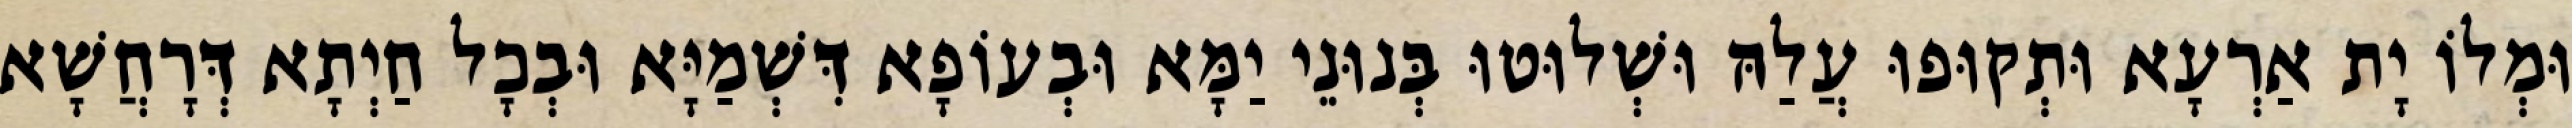
וּמְלוֹ יָת אַרְעָא וּתְקוּפוּ עֲלַהּ וּשְׁלוּטוּ בְּנוּנֵי יַמָּא וּבְעוֹפָא דִּשְׁמַיָּא וּבְכָל חַיְתָא דְּרָחֲשָׁא